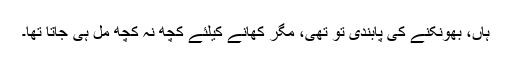
ہاں، بھونکنے کی پابندی تو تھی، مگر کھانے کیلئے کچھ نہ کچھ مل ہی جاتا تھا۔